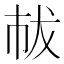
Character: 𢂤